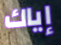
إياك